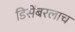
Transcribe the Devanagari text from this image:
डिसेंबरलाच